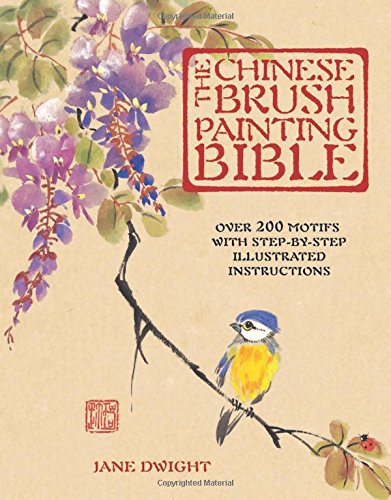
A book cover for The Chinese Brush Painting Bible: Over 200 Motifs with Step by Step Illustrated Instructions (Artist's Bibles); Jane Dwight; Arts & Photography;